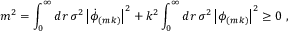
m ^ { 2 } = \int _ { 0 } ^ { \infty } d r \, \sigma ^ { 2 } \left| \dot { \phi } _ { ( m k ) } \right| ^ { 2 } + k ^ { 2 } \int _ { 0 } ^ { \infty } d r \, \sigma ^ { 2 } \left| \phi _ { ( m k ) } \right| ^ { 2 } \ge 0 ~ ,